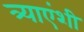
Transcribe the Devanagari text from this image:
त्र्याएंशी